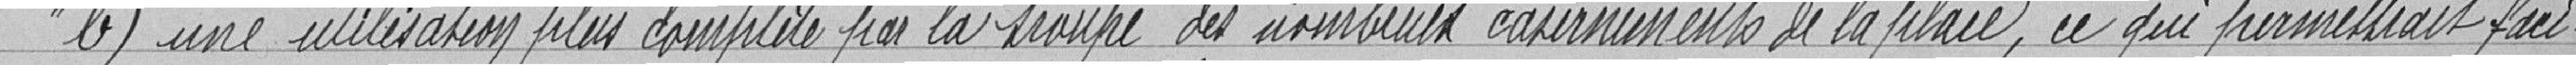
" b) une utilisation plus complète par la troupe des nombreux casernements de la place, ce qui permettrait faci-